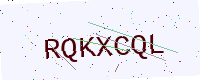
Text: RQKXCQL